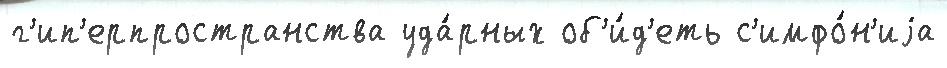
г'ип'ерпространства уда́рных об'и́д'еть с'имфо́н'иjа